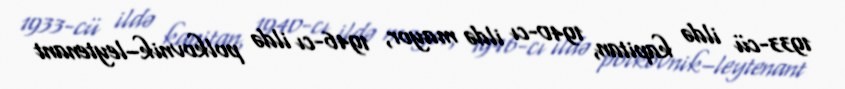
1933-cü ildə kapitan, 1940-cı ildə mayor, 1946-cı ildə polkovnik–leytenant